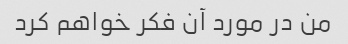
من در مورد آن فکر خواهم کرد